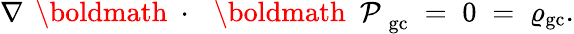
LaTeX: \nabla\, \mathrm{~\boldmath~\cdot~}\, \mathrm{~\boldmath~\cal~P~}_{\mathrm{gc}}\; =\; 0\; =\; \varrho_{\mathrm{gc}}.